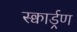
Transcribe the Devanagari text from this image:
स्क्वार्ड्रण